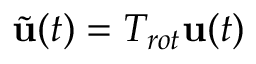
\tilde { \mathbf { u } } ( t ) = T _ { r o t } \mathbf { u } ( t )